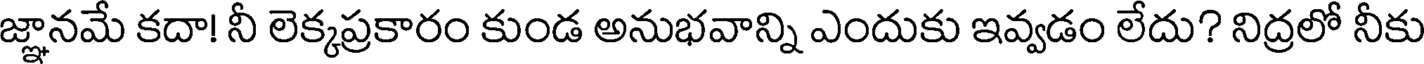
జ్ఞానమే కదా! నీ లెక్కప్రకారం కుండ అనుభవాన్ని ఎందుకు ఇవ్వడం లేదు? నిద్రలో నీకు